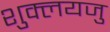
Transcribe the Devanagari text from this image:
शुक्लयजु